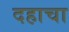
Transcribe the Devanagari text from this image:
दहाचा